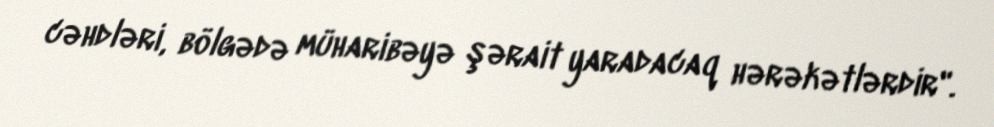
cəhdləri, bölgədə müharibəyə şərait yaradacaq hərəkətlərdir".